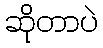
ဆိုတာပဲ